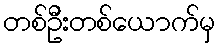
တစ်ဦးတစ်ယောက်မှ